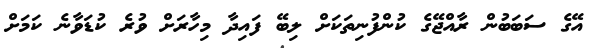
އޭގެ ސަބަބުން ރާއްޖޭގެ ކުންފުނިތަކަށް ލިބޭ ފައިދާ މިހާރަށް ވުރެ ކުޑަވާނެ ކަމަށް